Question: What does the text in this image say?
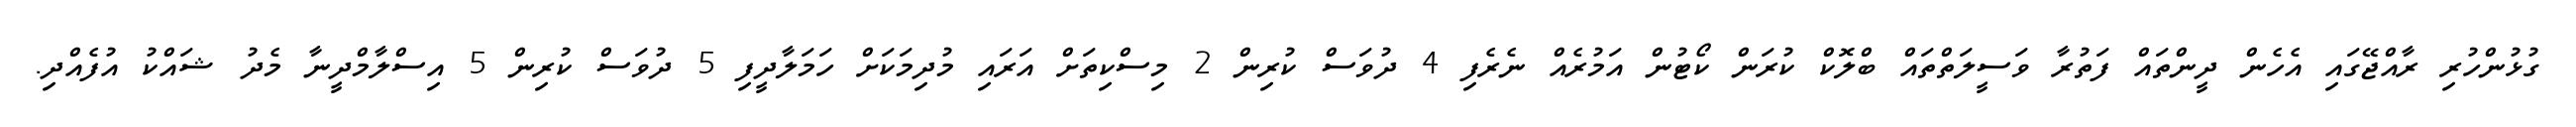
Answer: ގުޅުންހުރި ރާއްޖޭގައި އެހެން ދީންތައް ފަތުރާ ވަސީލަތްތައް ބްލޮކް ކުރަން ކޯޓުން އަމުރެއް ނެރެފި 4 ދުވަސް ކުރިން 2 މިސްކިތަށް އަރައި މުދިމަކަށް ހަމަލާދީފި 5 ދުވަސް ކުރިން 5 އިސްލާމްދީނާ މެދު ޝައްކު އުފެއްދި.